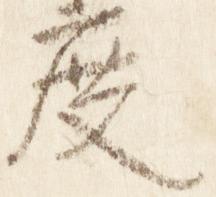
度